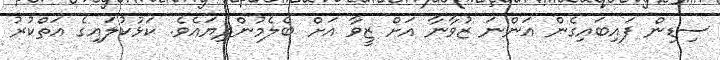
ސިޑިން ފައިބައިގެން އަންނަ ޒުވާނާ އަށް ޒީވާ އަށް ބެލެމުންދިޔައެވެ. ކަޅުކުލައިގެ އަތްކުރު